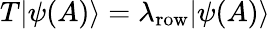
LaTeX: T|\psi(A)\rangle=\lambda_{\mathrm{row}}|\psi(A)\rangle